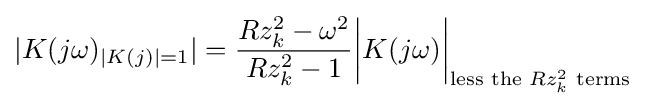
|K(j\omega )_{|K(j)|=1}|={\frac {Rz_{k}^{2}-\omega ^{2}}{Rz_{k}^{2}-1}}{\bigg |}K(j\omega ){\bigg |}_{{\text{less the }}Rz_{k}^{2}{\text{ terms}}}